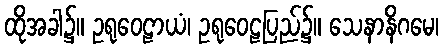
ထိုအခါ၌။ ဥရုဝေဠာယံ၊ ဥရုဝေဠပြည်၌။ သေနာနိဂမေ၊